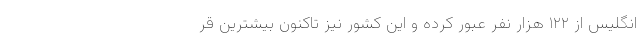
انگلیس از ۱۲۲ هزار نفر عبور کرده و این کشور نیز تاکنون بیشترین قر